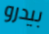
بيدرو